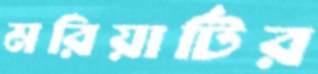
মরিয়ার্টির